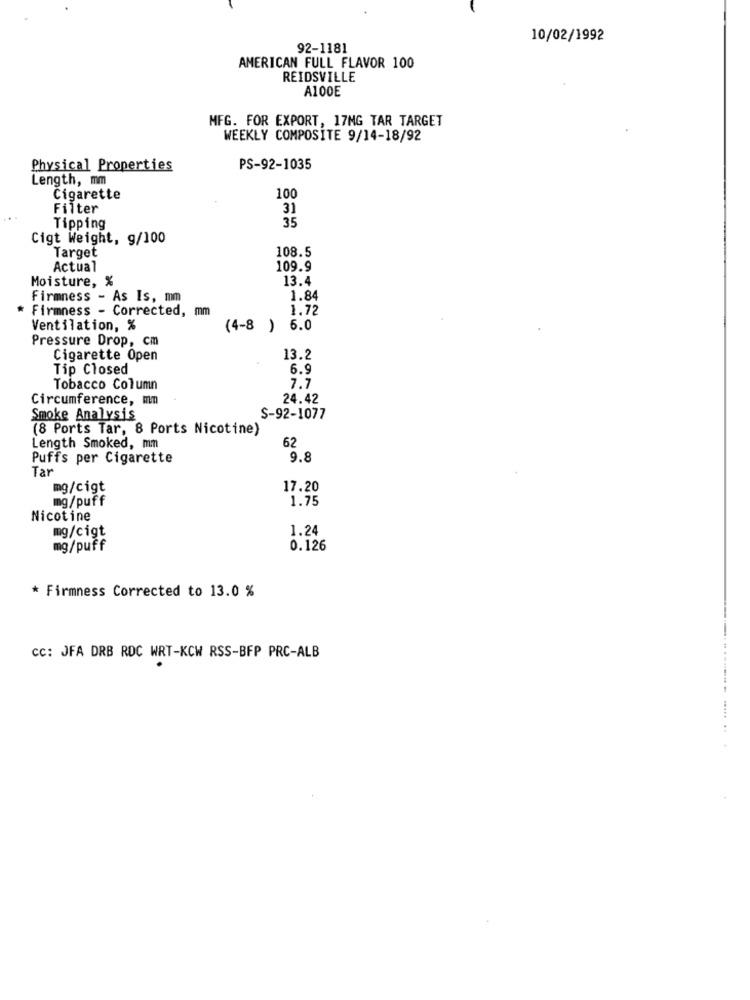
10/02/1992
92-1181
AMERICAN FULL FLAVOR 100
REIDSVILLE
A100E
MFG. FOR EXPORT, 17MG TAR TARGET
WEEKLY COMPOSITE 9/14-18/92
Physical Properties
PS-92-1035
Length, mm
Cigarette
100
Filter
31
35
Tipping
Cigt Weight, g/100
108.5
Target
Actual
109.9
Moisture, %
13.4
Firmness - As Is, mm
1.84
* Firmness - Corrected, mm
1.72
Ventilation, %
(4-8 ) 6.0
Pressure Drop, cm
Cigarette Open
13.2
Tip Closed
6.9
Tobacco Column
7.7
Circumference, mm
24.42
Smoke Analysis
S-92-1077
(8 Ports Tar, 8 Ports Nicotine)
62
Length Smoked, mm
Puffs per Cigarette
9.8
Tar
mg/cigt
17.20
mg/puff
1.75
Nicotine
1.24
mg/cigt
mg/puff
0.126
* Firmness Corrected to 13.0 %
cc: JFA DRB RDC WRT-KCW RSS-BFP PRC-ALB